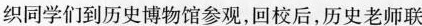
织同学们到历史博物馆参观，回校后，历史老师联